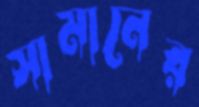
সামানের